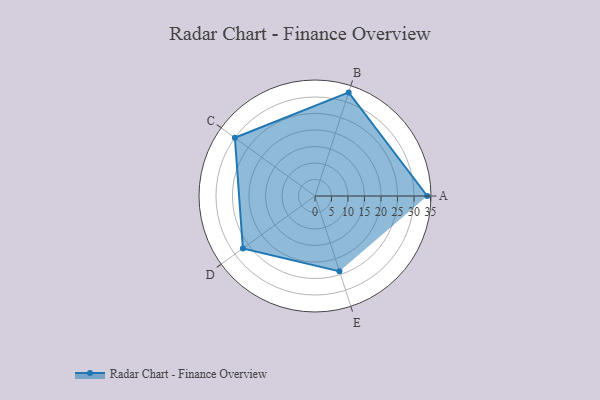
{"axis": {"x": "Skill", "y": "Score"}, "legend": ["Profile"], "data": [{"x": "A", "y": 34.0, "type": "Profile"}, {"x": "B", "y": 33.0, "type": "Profile"}, {"x": "C", "y": 30.0, "type": "Profile"}, {"x": "D", "y": 27.0, "type": "Profile"}, {"x": "E", "y": 24.0, "type": "Profile"}]}